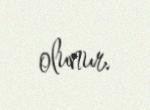
olunur.